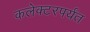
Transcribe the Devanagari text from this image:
कलेक्टरपर्यंत